Report on vaccination in Madras 1904-1921 - 1904-1921
Year: 1904
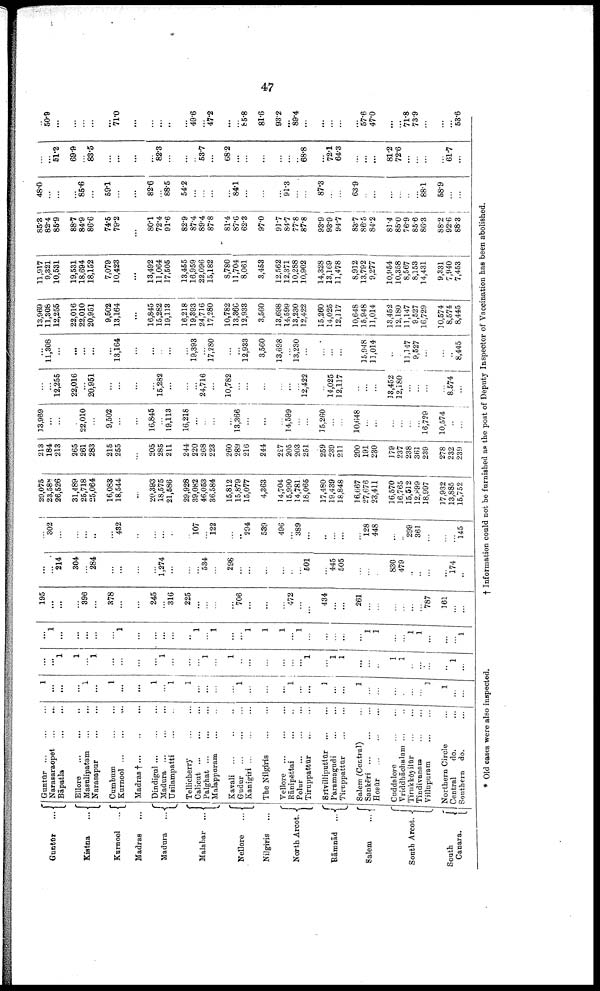
47
Guntūr
...
Kistna
...
Kurnool
...
Madras ...
Madura
...
Malabar
...
Nellore
...
Nilgiris ...
North Arcot.
Rāmnād
...
Salem
...
South Arcot.
South
Canara.
Guntūr
...
...
...
Narasaraopet
...
...
Bāpatla
...
...
...
Ellore
...
...
...
Masulipatam
...
...
Narasapur
...
...
Cumbum ... ...
Kurnool
...
...
...
Madras † ... ... ...
Dindigul
...
...
...
Madura
...
...
...
Usilampatti
...
...
Tellicherry
...
...
Calicut
...
...
...
Palghat
...
...
...
Malappuram ... ...
Kavali ... ... ...
Gudur
...
...
...
Kanigiri
...
...
...
The Nilgiris
...
...
Vellore
...
...
...
Rānipēttai
...
...
Polur
...
...
...
Tiruppattur
...
...
Srivilliputtūr
...
...
Paramagudi
...
...
Tiruppattūr
...
...
Salem (Central) ...
Sankēri
...
...
...
Hosūr
...
...
...
Cuddalore
...
...
Vriddbāchalam ... ...
Tirukkōyilūr
...
...
Tindivanam ... ...
Villupuram
...
...
Northern Circle ...
Central
do. ...
Southern do. ...
1
...
...
...
1
...
1
...
...
1
...
1
1
...
...
...
...
1
...
...
...
1
...
...
1
...
...
1
...
...
...
...
...
...
1
1
...
...
...
...
1
1
...
1
...
...
...
...
1
...
...
...
1
...
1
...
...
...
...
...
...
1
...
1
1
...
...
...
1
1
...
...
...
...
1
...
...
1
...
...
...
...
...
1
...
...
...
...
...
1
...
1
...
...
1
1
1
...
1
...
...
...
...
...
1
1
...
...
1
1
...
...
...
1
195
...
...
...
396
...
378
...
...
245
...
316
225
...
...
...
...
706
...
...
...
472
...
...
434
...
...
261
...
...
...
...
...
...
787
161
...
...
...
...
214
304
...
284
...
...
...
...
1,274
...
...
...
534
...
298
...
...
...
...
...
...
501
...
445
505
...
...
...
830
479
...
...
...
...
174
...
...
302
...
...
...
...
...
432
...
...
...
...
...
107
...
122
...
...
294
539
496
...
389
...
...
...
...
...
128
448
...
...
299
361
...
...
...
145
29,075
23,588
26,526
31,489
25,718
25,064
16,083
18,544
...
20,393
18,575
21,586
29,928
39,082
46,053
36,584
15,812
15,879
15,077
4,363
14,704
15,990
14,781
18,065
17,480
19,439
18,848
16,667
27,676
23,411
16,570
16,765
15,512
12,899
18,997
17,932
13,885
15,752
213
184
213
265
261
283
215
255
...
205
285
211
244
220
268
223
260
289
216
244
227
205
203
251
259
239
211
200
191
230
179
237
238
361
239
278
232
239
13,969
...
...
...
22,010
...
9,502
...
...
16,845
...
19,113
16,218
...
...
...
...
13,366
...
...
...
14,599
...
...
15,260
...
...
10,648
...
...
...
...
...
...
16,729
10,574
...
...
...
...
12,255
22,016
...
20,951
...
...
...
...
15,282
...
...
...
24,716
...
10,782
...
...
...
...
...
...
12,422
...
14,025
12,117
...
...
...
13,452
12,180
...
...
...
...
8,574
...
...
11,308
...
...
...
...
...
13,164
...
...
...
...
...
19,393
...
17,280
...
...
12,933
3,560
13,698
...
13,230
...
...
...
...
...
15,948
11,014
...
...
11,147
9,527
...
...
...
8,445
13,969
11,308
12,255
22,016
22,010
20,951
9,502
13,164
...
16,845
15,282
19,113
16,218
19,393
24,716
17,280
10,782
13,366
12,933
3,560
13,698
14,599
13,230
12,422
15,260
14,025
12,117
10,648
15,948
11,014
13,452
12,180
11,147
9,527
16,729
10,574
8,574
8,445
11,917
9,321
10,531
19,531
18,694
18,152
7,079
10,428
...
13,492
11,064
17,505
13,465
16,959
22,096
15,182
8,780
11,704
8,061
3,453
12,562
12,371
10,288
10,902
14,328
13,169
11,478
8,912
13,792
9,277
10,954
10,358
8,567
8,153
14,431
9,331
7,940
7,453
85.3
82.4
85.9
88.7
84.9
86.6
74.5
79.2
...
80.1
72.4
91.6
82.9
87.4
89.4
87.8
81.4
87.6
62.3
97.0
91.7
84.7
77.8
87.8
93.9
93.9
94.7
83.7
86.5
84.2
81.4
85.0
76.9
85.6
86.3
88.2
92.6
88.3
48.0
...
...
...
85.6
...
59.1
...
...
82.6
...
88.5
54.2
...
...
...
...
84.1
...
...
...
91.3
...
...
87.3
...
...
63.9
..
...
...
...
...
...
88.1
58.9
...
...
...
...
51.2
69.9
...
83.5
...
...
...
...
82.3
...
...
...
53.7
...
68.2
...
...
...
...
...
...
68.8
...
72.1
64.3
...
...
...
81.2
72.6
...
...
...
...
61.7
...
...
50.9
...
...
...
...
71.0
...
...
...
...
...
49.6
...
47.2
...
...
85.8
81.6
93.2
...
89.4
...
...
...
...
...
57.6
47.0
...
...
71.8
73.9
...
...
...
53.6
* Old cases were also inspected.
† Information could not be furnished as the post of Deputy Inspector of Vaccination has been abolished.